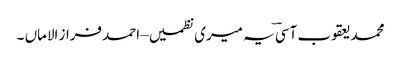
محمد یعقوب آسیؔ یہ میری نظمیں– احمد فراز الاماں ۔